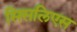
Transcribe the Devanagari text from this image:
सिसलिएस